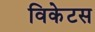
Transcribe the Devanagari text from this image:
विकेटस